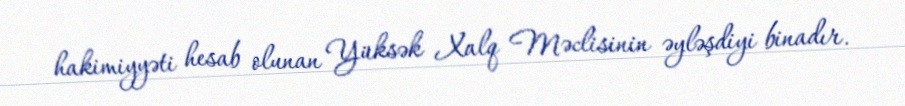
hakimiyyəti hesab olunan Yüksək Xalq Məclisinin əyləşdiyi binadır.